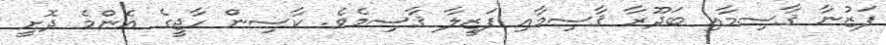
ފަޒުނާ ޤާސިމާއި ބަދޫރާ ޤާސިމާއި ފަޒީލާ ޤާސިމެވެ. ކާސިން ހާޖީގެ އެންމެ ދޮށީ